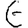
Digit: 6